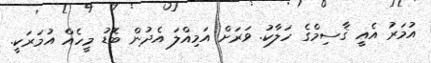
އުމަރު އެއީ ޤާސިމްގެ ހަލާކު. ވަރަށް އަމިއްލަ އެދުން ބޮޑު މީހެއް އުމަރަކީ.